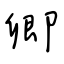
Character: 卿